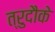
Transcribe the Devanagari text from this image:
त्रुदौके